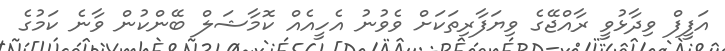
އަފީފް ވިދާޅުވީ ރާއްޖޭގެ ވިޔަފާރިތަކަށް ވެވުނު އެހީއެއް ކޮމާޝަލް ބޭންކުން ވާނެ ކަމުގެ